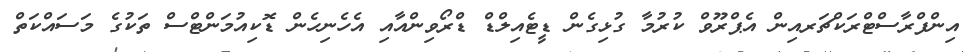
އިންފްރާސްޓްރަކްޗަރއިން އެޕްރޫވް ކުރުމާ ގުޅިގެން ޑީޓެއިލްޑް ޑްރޯވިންއާއި އެހެނިހެން ޑޮކިއުމަންޓްސް ތަކުގެ މަސައްކަތް